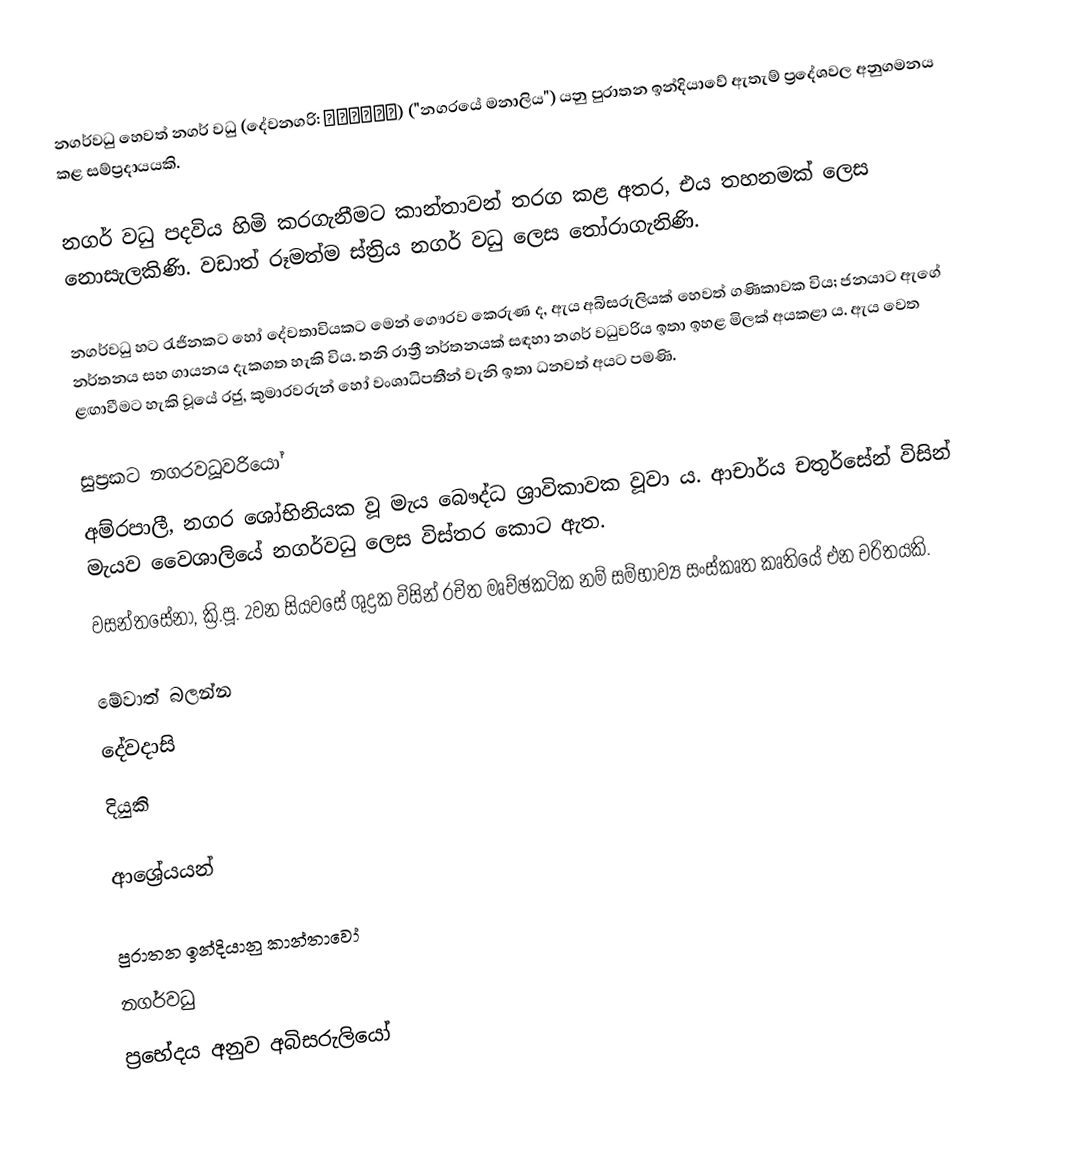
නගර්වධු හෙවත් නගර් වධු (දේවනගරි: नगरवधू) ("නගරයේ මනාලිය") යනු පුරාතන ඉන්දියාවේ ඇතැම් ප්‍රදේශවල අනුගමනය කළ සම්ප්‍රදායයකි.

නගර් වධු පදවිය හිමි කරගැනීමට කාන්තාවන් තරග කළ අතර, එය තහනමක් ලෙස නොසැලකිණි. වඩාත් රූමත්ම ස්ත්‍රිය නගර් වධු ලෙස තෝරාගැනිණි.

නගර්වධු හට රැජිනකට හෝ දේවතාවියකට මෙන් ගෞරව කෙරුණ ද, ඇය අබිසරුලියක් හෙවත් ගණිකාවක විය; ජනයාට ඇගේ නර්තනය සහ ගායනය දැකගත හැකි විය. තනි රාත්‍රී නර්තනයක් සඳහා නගර් වධුවරිය ඉතා ඉහළ මිලක් අයකළා ය. ඇය වෙත ළඟාවීමට හැකි වූයේ රජු, කුමාරවරුන් හෝ වංශාධිපතීන් වැනි ඉතා ධනවත් අයට පමණි.

සුප්‍රකට නගරවධූවරියෝ
අම්රපාලී, නගර ශෝභිනියක වූ මැය බෞද්ධ ශ්‍රාවිකාවක වූවා ය. ආචාර්ය චතුර්සේන් විසින් මැයව වෛශාලියේ නගර්වධු ලෙස විස්තර කොට ඇත.
වසන්තසේනා, ක්‍රි.පූ. 2වන සියවසේ ශුද්‍රක විසින් රචිත මෘච්ඡකටික නම් සම්භාව්‍ය සංස්කෘත කෘතියේ එන චරිතයකි.

මේවාත් බලන්න
දේවදාසි
දියුකි

ආශ්‍රේයයන්

පුරාතන ඉන්දියානු කාන්තාවෝ
 නගර්වධු
ප්‍රභේදය අනුව අබිසරුලියෝ